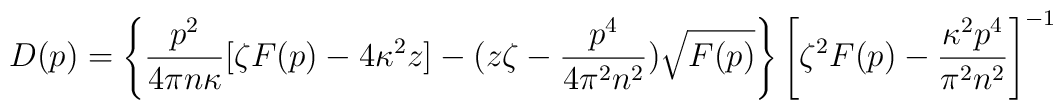
D(p)=\left\{\frac{p^2}{4\pi n\kappa}[\zeta F(p)-4\kappa^2z]-(z\zeta-\frac{p^4}{4\pi^2 n^2})\sqrt{F(p)}\right\}\left[\zeta^2F(p)-\frac{\kappa^2 p^4}{\pi^2 n^2}\right]^{-1}